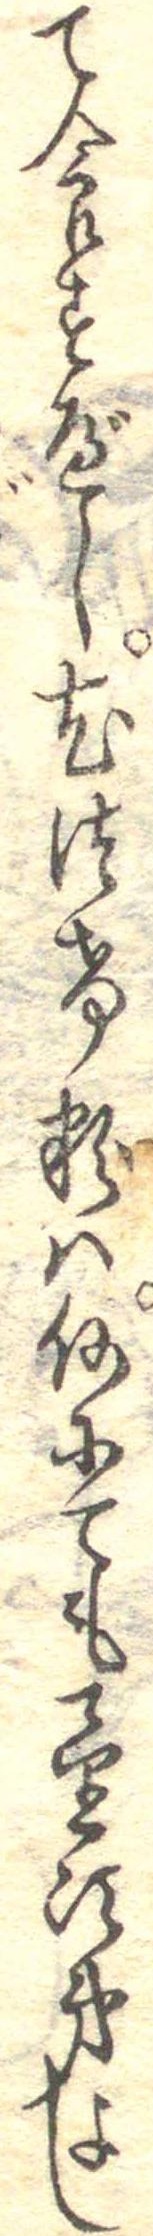
て食すべし尤つけ粉は何にても望次第よし